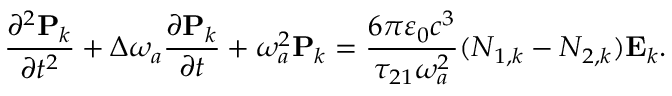
\frac { \partial ^ { 2 } \mathbf { P } _ { k } } { \partial t ^ { 2 } } + \Delta \omega _ { a } \frac { \partial \mathbf { P } _ { k } } { \partial t } + { \omega _ { a } ^ { 2 } } \mathbf { P } _ { k } = \frac { 6 \pi \varepsilon _ { 0 } c ^ { 3 } } { \tau _ { 2 1 } \omega _ { a } ^ { 2 } } ( N _ { 1 , k } - N _ { 2 , k } ) \mathbf { E } _ { k } . \mathrm { ~ }